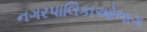
નગરપાલિકાઓભાગ